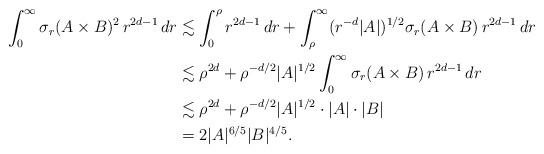
LaTeX: \begin{align*}\int_0^\infty\sigma_r(A\times B)^2 \,r^{2d-1}\,dr&\lesssim \int_0^\rho r^{2d-1}\,dr+ \int_\rho^\infty (r^{-d}|A|)^{1/2} \sigma_r(A\times B)\,r^{2d-1}\,dr\\ &\lesssim \rho^{2d}+ \rho^{-d/2} |A|^{1/2}\int_0^\infty \sigma_r(A\times B)\,r^{2d-1}\,dr\\ &\lesssim \rho^{2d}+ \rho^{-d/2} |A|^{1/2}\cdot|A|\cdot|B|\\ & = 2|A|^{6/5}|B|^{4/5}.\end{align*}